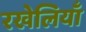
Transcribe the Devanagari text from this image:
रखेलियाँ